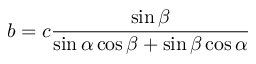
b = c { \frac { \sin \beta } { \sin \alpha \cos \beta + \sin \beta \cos \alpha } }